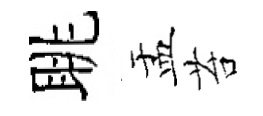
眺盂苔